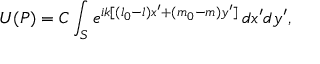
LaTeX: U ( P ) = C \int _ { S } e ^ { i k [ ( l _ { 0 } - l ) x ^ { \prime } + ( m _ { 0 } - m ) y ^ { \prime } ] } \, d x ^ { \prime } d y ^ { \prime } ,